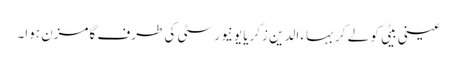
عینی بیٹی کو لے کر بہاء الدین زکریا یونیورسٹی کی طرف گامزن ہوا۔